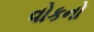
વોકનો